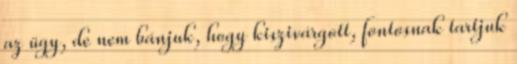
az ügy, de nem bánjuk, hogy kiszivárgott, fontosnak tartjuk